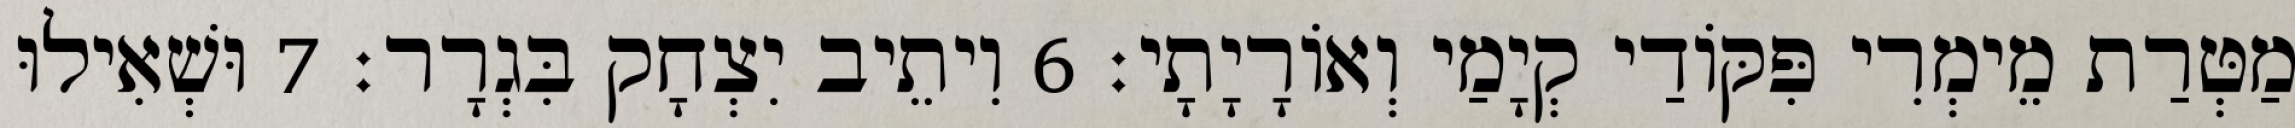
מַטְּרַת מֵימְרִי פִּקּוֹדַי קְיָמַי וְאוֹרָיָתָי׃ 6 וִיתֵיב יִצְחָק בִּגְרָר׃ 7 וּשְׁאִילוּ